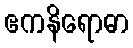
ဧကနိရောဓာ